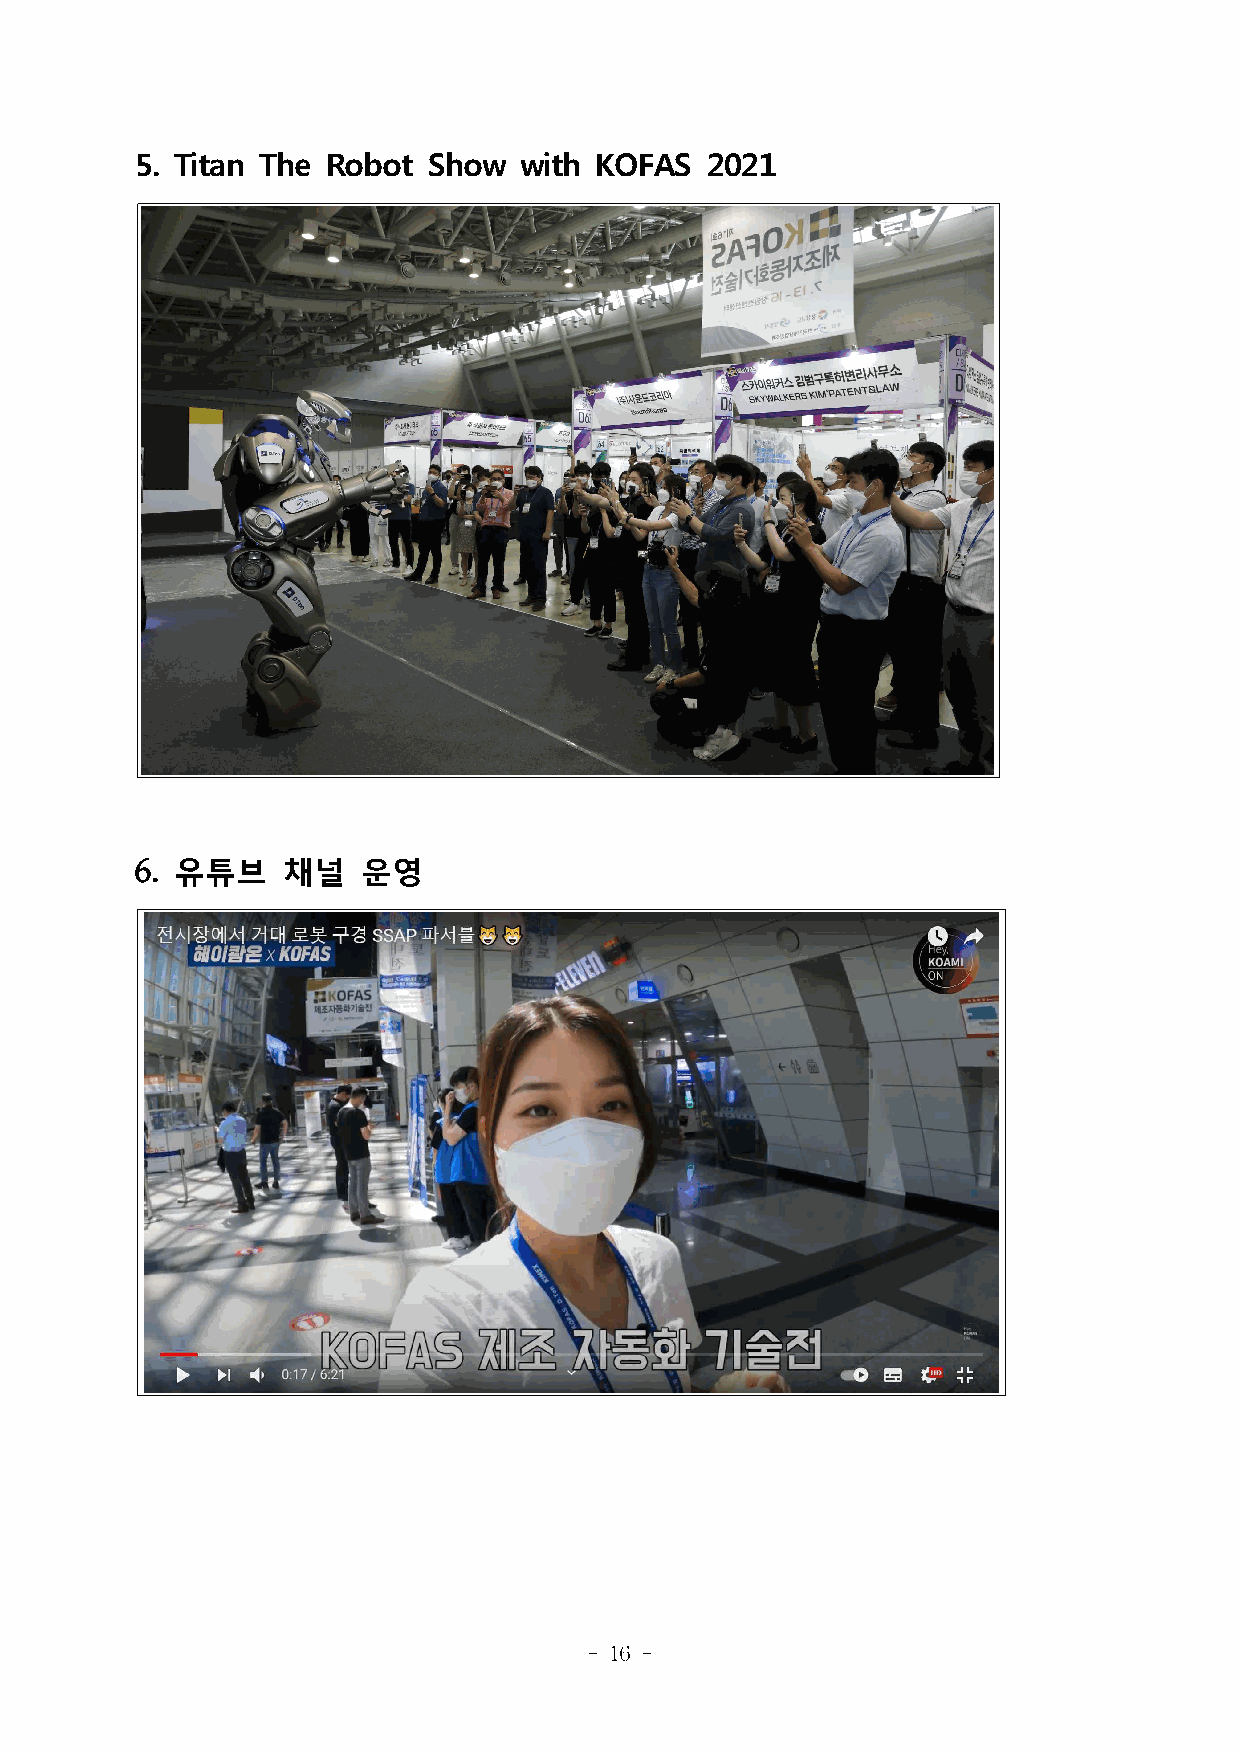
5. Titan The Robot Show  with KOFAS   2021
 6. 유튜브    채널   운영
 - 16 -